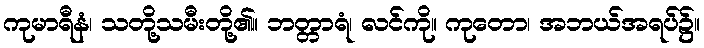
ကုမာရီနံ၊ သတို့သမီးတို့၏။ ဘတ္တာရံ၊ လင်ကို။ ကုတော၊ အဘယ်အရပ်၌။